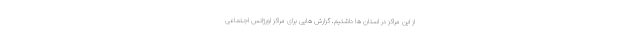
از این مراکز در استان ها داشتیم، گزارش هایی برای مراکز اورژانس اجتماعی